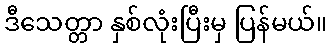
ဒီသေတ္တာ နှစ်လုံးပြီးမှ ပြန်မယ်။